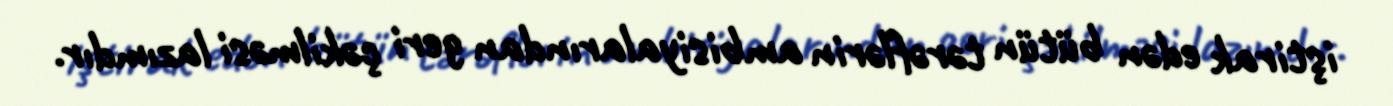
iştirak edən bütün tərəflərin ambisiyalarından geri çəkilməsi lazımdır.